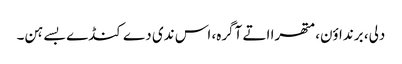
دلی، برنداؤن، متھرا اتے آگرہ، اس ندی دے کنڈے بسے ہن۔